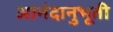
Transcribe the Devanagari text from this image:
आनंदानुभूती